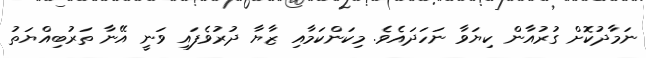
ނަމާދުކޮށް ގުރުއާން ކިޔަވާ ނަހަދައެވެ. މިކަންކަމާއި ޒާޔާ ދުރުވެފައި ވަނީ އޭނާ ތަރުބިއްޔަތު